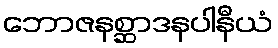
ဘောဇနစ္ဆာဒနပါနီယံ